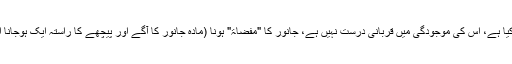
ایسا واضح عیب جو عیب سمجھا جاتاہو اور اس کے عیب ہونے کا شرع نے اعتبار کیا ہے، اس کی موجودگی میں قربانی درست نہیں ہے، جانور کا "مفضاۃ" ہونا (مادہ جانور کا آگے اور پیچھے کا راستہ ایک ہوجانا اور ان کے درمیان حائل ختم ہوجانا)عیب ہے، اس حالت میں قربانی درست نہیں ہے۔